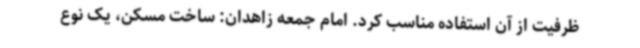
ظرفیت از آن استفاده مناسب کرد. امام جمعه زاهدان: ساخت مسکن، یک نوع